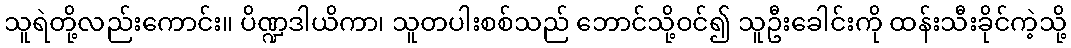
သူရဲတို့လည်းကောင်း။ ပိဏ္ဍဒါယိကာ၊ သူတပါးစစ်သည် ဘောင်သို့ဝင်၍ သူဦးခေါင်းကို ထန်းသီးခိုင်ကဲ့သို့